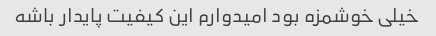
خیلی خوشمزه بود امیدوارم این کیفیت پایدار باشه